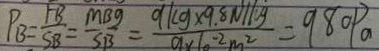
P _ { B } = \frac { F B } { S B } = \frac { M B g } { S B } = \frac { 9 / k g \times 9 . 8 N / k g } { 9 \times 1 0 ^ { - 2 } m ^ { 2 } } = 9 8 0 P a